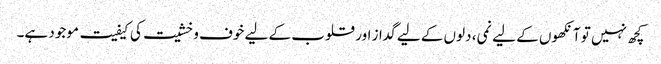
کچھ نہیں تو آنکھوں کے لیے نمی، دلوں کے لیے گداز اور قلوب کے لیے خوف و خشیت کی کیفیت موجود ہے۔